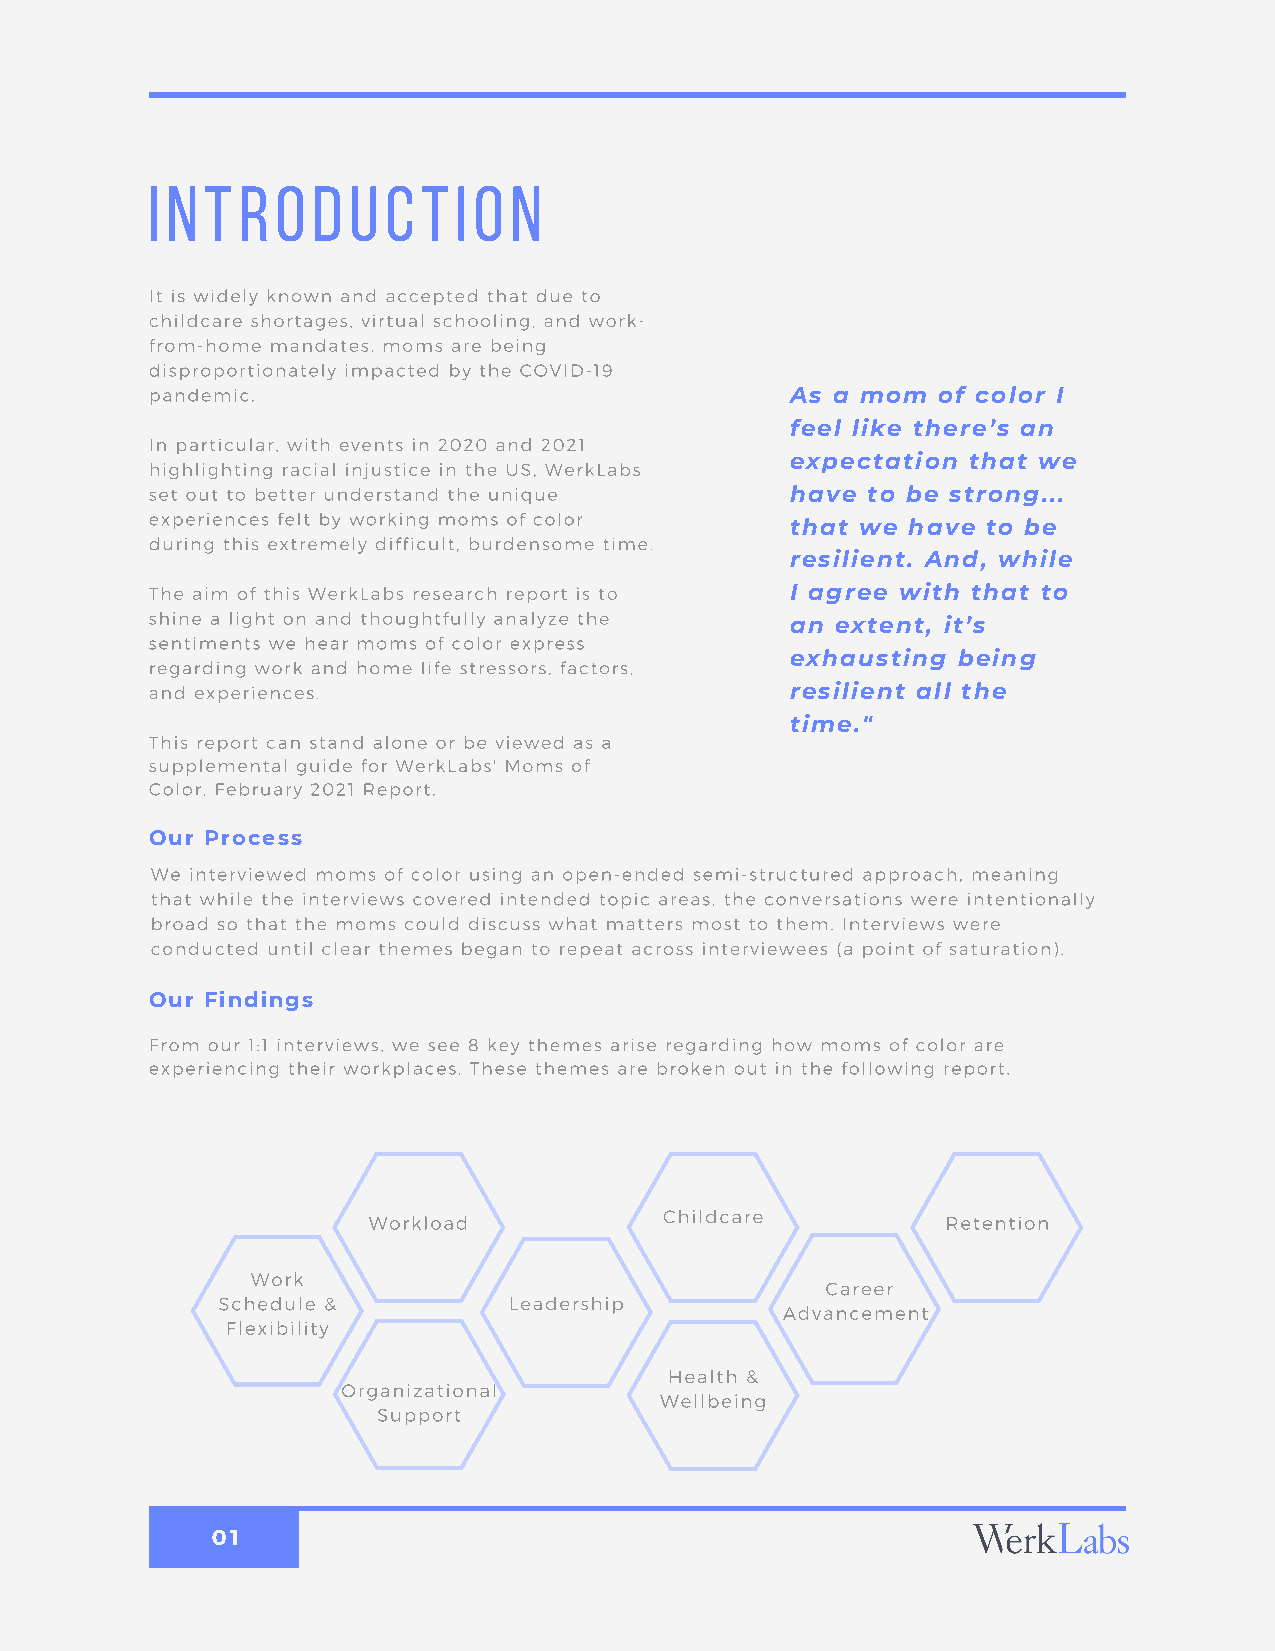
Introduction
 It is widely known and accepted that due to
 childcare shortages, virtual schooling, and work-
 from-home mandates, moms are being
 disproportionately impacted by the COVID-19
 pandemic.                                 As a mom  of color I
 feel like there’s an
 In particular, with events in 2020 and 2021
 expectation that we
 highlighting racial injustice in the US, WerkLabs
 set out to better understand the unique   have to be strong...
 experiences felt by working moms of color
 that we have to be
 during this extremely difficult, burdensome time.
 resilient. And, while
 The aim of this WerkLabs research report is to I agree with that to
 shine a light on and thoughtfully analyze the
 an extent, it’s
 sentiments we hear moms of color express
 exhausting being
 regarding work and home life stressors, factors,
 and experiences.                          resilient all the
 time."
 This report can stand alone or be viewed as a
 supplemental guide for WerkLabs' Moms of
 Color, February 2021 Report.
 Our Process
 We interviewed moms of color using an open-ended semi-structured approach, meaning
 that while the interviews covered intended topic areas, the conversations were intentionally
 broad so that the moms could discuss what matters most to them. Interviews were
 conducted until clear themes began to repeat across interviewees (a point of saturation).
 Our Findings
 From our 1:1 interviews, we see 8 key themes arise regarding how moms of color are
 experiencing their workplaces. These themes are broken out in the following report.
 Childcare
 Workload                               Retention
 Work
 Career
 Schedule &          Leadership
 Advancement
 Flexibility
 Health &
 Organizational
 Wellbeing
 Support
 01